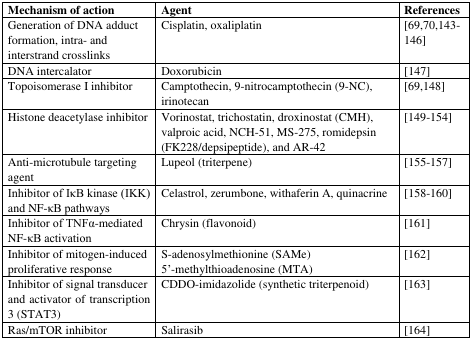
<table><thead><tr><td><b>Mechanism of action</b></td><td><b>Agent</b></td><td><b>References</b></td></tr></thead><tbody><tr><td>Generation of DNA adduct formation, intra- and interstrand crosslinks</td><td>Cisplatin, oxaliplatin</td><td>[69,70,143-146]</td></tr><tr><td>DNA intercalator</td><td>Doxorubicin</td><td>[147]</td></tr><tr><td>Topoisomerase I inhibitor</td><td>Camptothecin, 9-nitrocamptothecin (9-NC), irinotecan</td><td>[69,148]</td></tr><tr><td>Histone deacetylase inhibitor</td><td>Vorinostat, trichostatin, droxinostat (CMH), valproic acid, NCH-51, MS-275, romidepsin (FK228/depsipeptide), and AR-42</td><td>[149-154]</td></tr><tr><td>Anti-microtubule targeting agent</td><td>Lupeol (triterpene)</td><td>[155-157]</td></tr><tr><td>Inhibitor of IκB kinase (IKK) and NF-κB pathways</td><td>Celastrol, zerumbone, withaferin A, quinacrine</td><td>[158-160]</td></tr><tr><td>Inhibitor of TNFα-mediated NF-κB activation</td><td>Chrysin (flavonoid)</td><td>[161]</td></tr><tr><td>Inhibitor of mitogen-induced proliferative response</td><td>S-adenosylmethionine (SAMe)5′-methylthioadenosine (MTA)</td><td>[162]</td></tr><tr><td>Inhibitor of signal transducer and activator of transcription 3 (STAT3)</td><td>CDDO-imidazolide (synthetic triterpenoid)</td><td>[163]</td></tr><tr><td>Ras/mTOR inhibitor</td><td>Salirasib</td><td>[164]</td></tr></tbody></table>